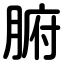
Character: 腑